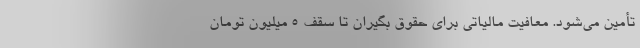
تأمین می‌شود. معافیت مالیاتی برای حقوق بگیران تا سقف 5 میلیون تومان